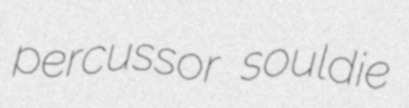
percussor souldie